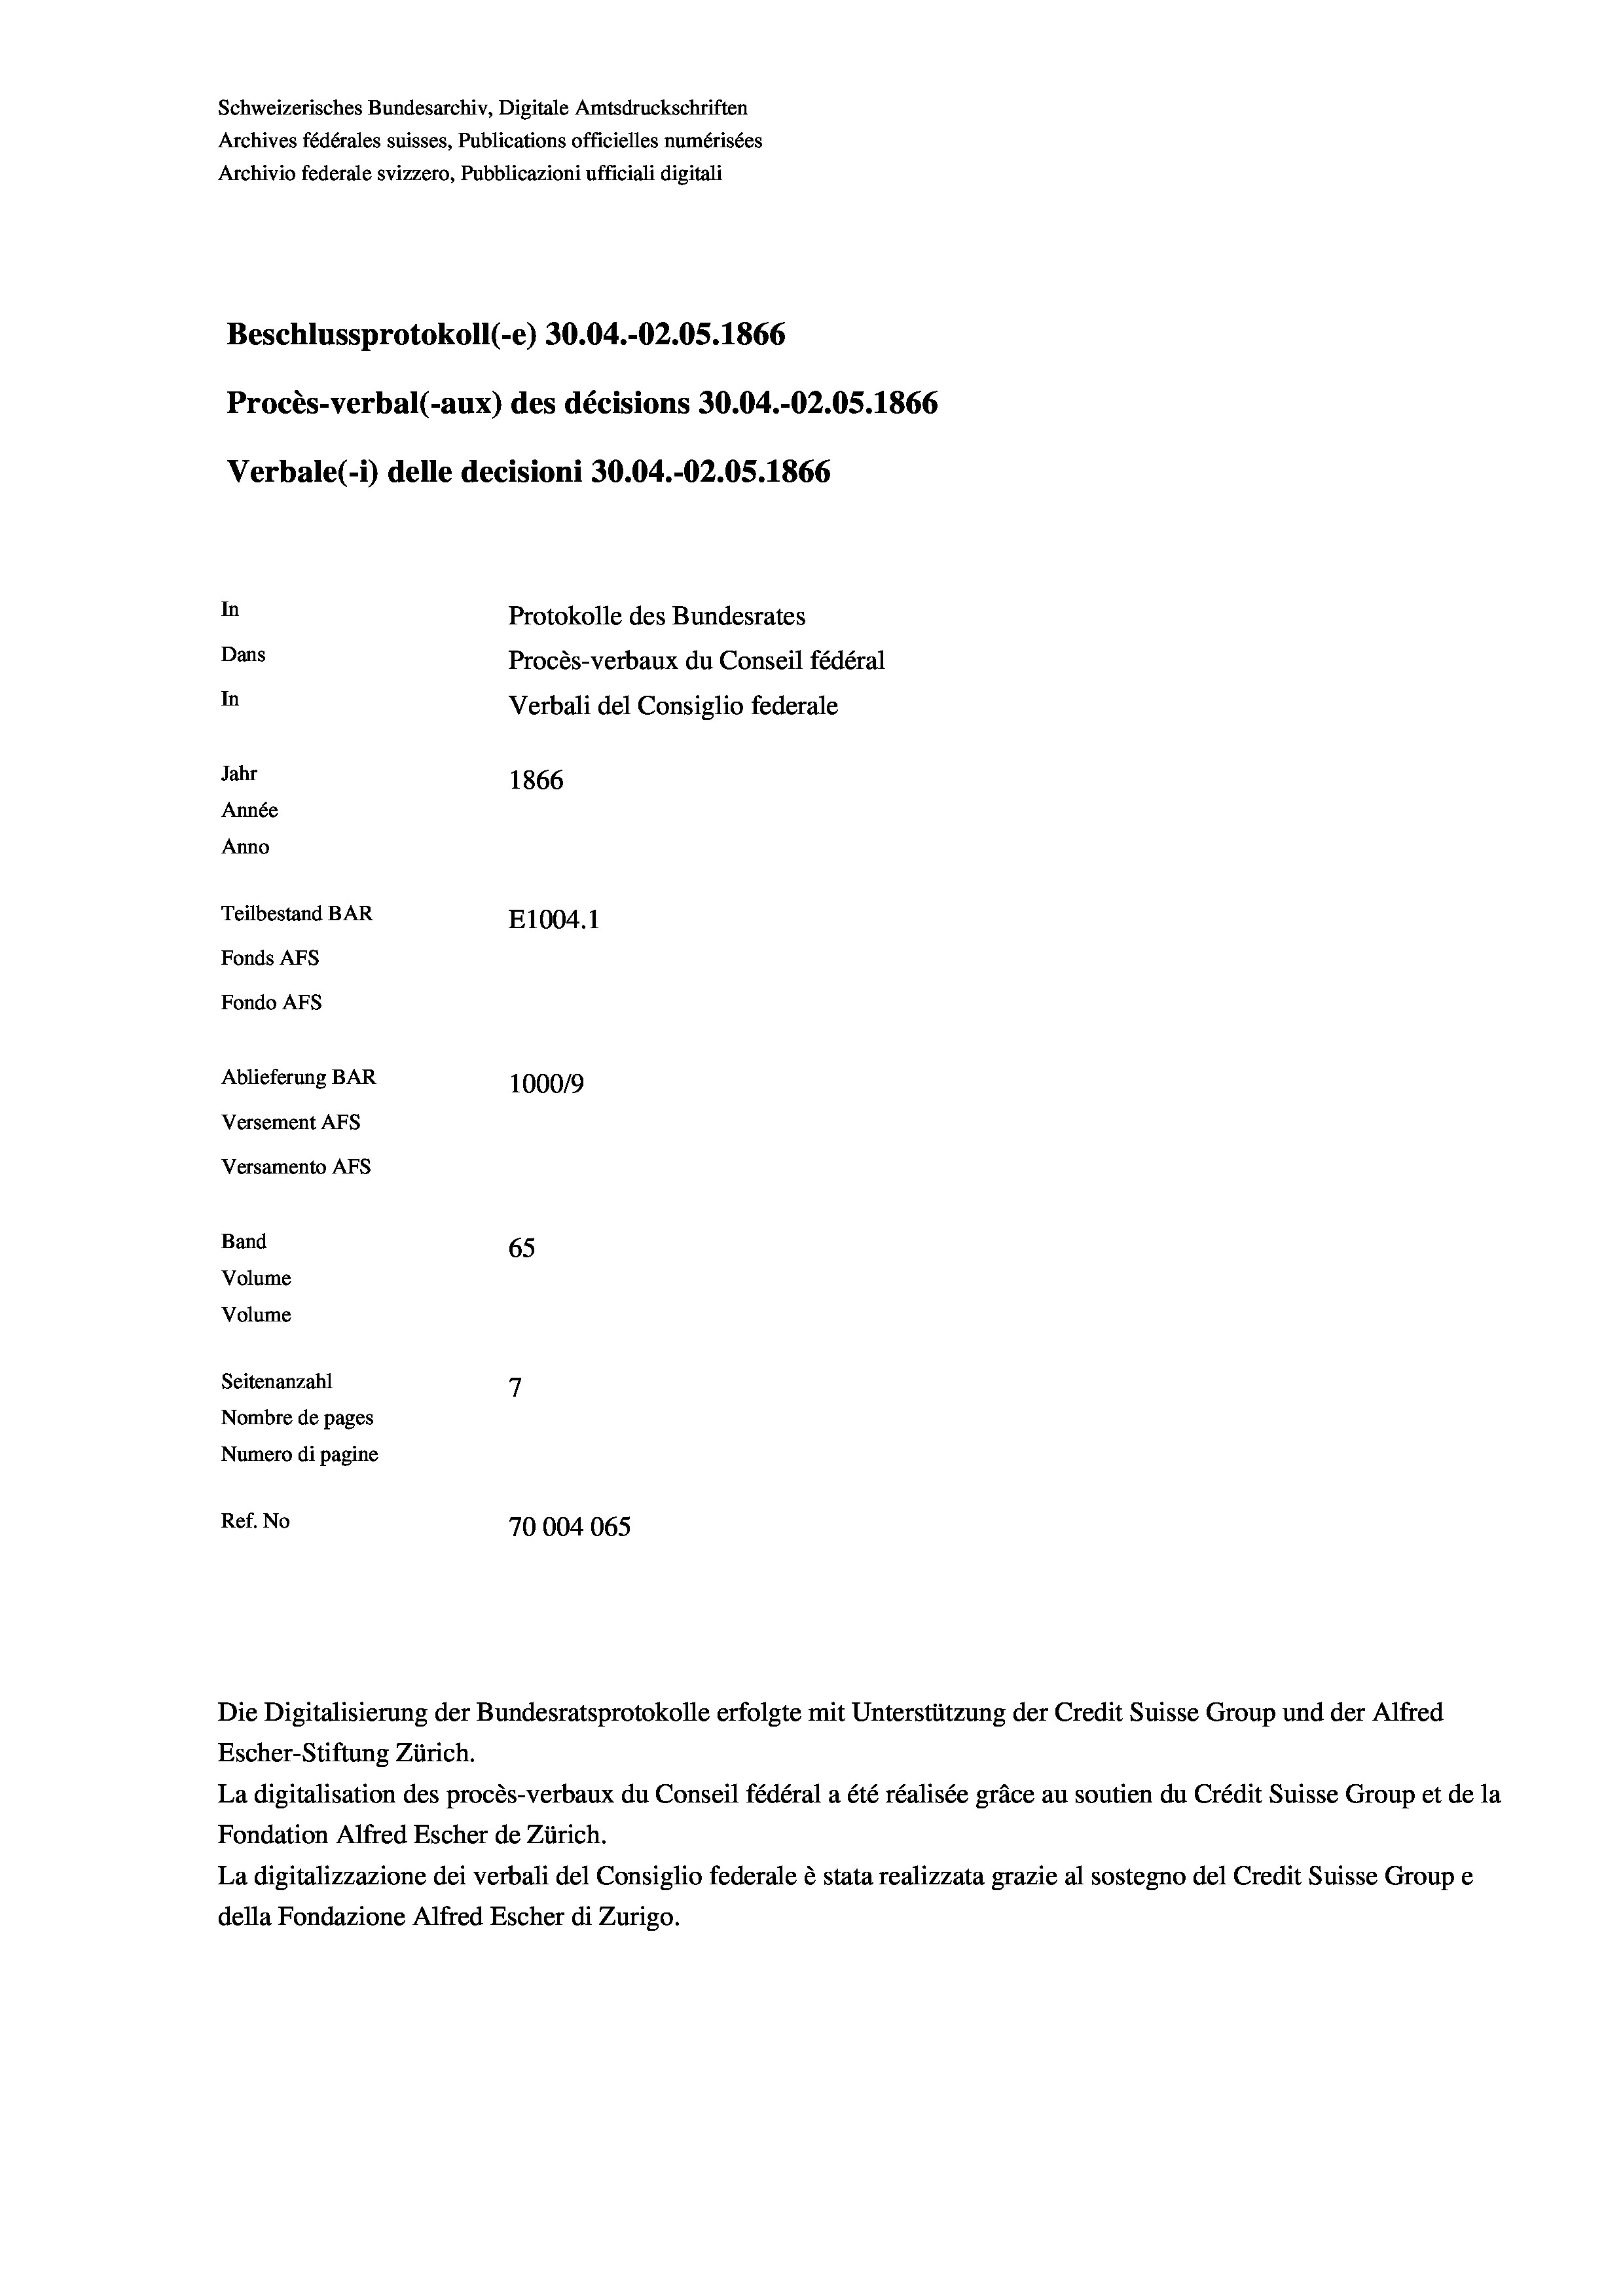
Schweizerisches Bundesarchiv, Digitale Amtsdruckschriften
Archives fédérales suisses, Publications officielles numérisées
Archivio federale svizzero, Pubblicazioni ufficiali digitali
Beschlussprotokoll (-e) 30.04.-O2.05. 1866
Procès-verbal (-aux) des décisions 30.04.-O2.05. 1866
Verbale (i) delle decisioni 30.04.-O2.05. 1866
In
Protokolle des Bundesrates
Dans
Procès-verbaux du Conseil fédéral
In
Verbali del Consiglio federale
Jahr
1866
Année
Anno
Teilbestand BAR
E1004.1
Fonds AFs
Fondo Afs
Ablieferung BAR
100019
Versement AFs
Versamento Afs
Band
65
Volume
Volume
7
Seitenanzahl

Nombre de pages
Numero di pagine
Ref. No
70004065

Escher-Stiftung Zürich.
La digitalisation des procès-verbaux du Conseil fédéral a été réalisée gräce au soutien du Crédit Suisse Group et de la
Fondation Alfred Escher de Zürich.
La digitalizzazione dei verbali del Consiglio federale è stata realizzata grazie al sostegno del Credit Suisse Groupe
della Fondazione Alfred Escher di Zurigo.

Die Digitalisierung der Bundesratsprotokolle erfolgte mit Unterstützung der Credit Suisse Group und der Alfred